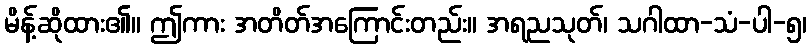
မိန့်ဆိုထား၏။ ဤကား အတိတ်အကြောင်းတည်း။ အရညသုတ်၊ သဂါထာ-သံ-ပါ-၅၊